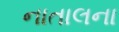
નાતાલના